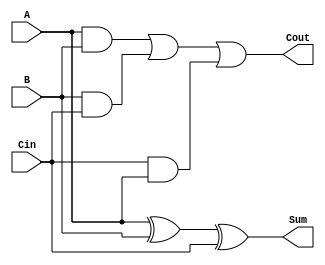
// Designing Full Adder
// Sum = A xor B xor Cin;   Cout = (A and B) or (B and Cin) or (Cin and A)

module full_adder(A, B, Cin, Sum, Cout) ;

input A, B, Cin;
output Sum, Cout;

assign Sum = A ^ B ^ Cin;
assign Cout = (A & B)|(B & Cin)|(Cin & A);

endmodule